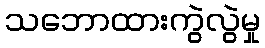
သဘောထားကွဲလွဲမှု